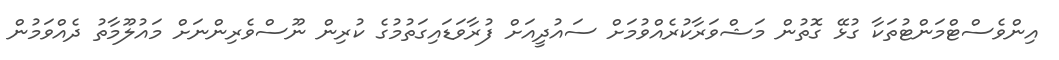
އިންވެސްޓްމަންޓުތަކާ ގުޅޭ ގޮތުން މަޝްވަރާކުރެއްވުމަށް ސައުދީއަށް ފުރާވަޑައިގަތުމުގެ ކުރިން ނޫސްވެރިންނަށް މައުލޫމާތު ދެއްވަމުން